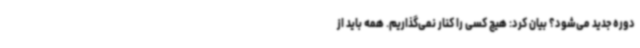
دوره جدید می‌شود؟ بیان کرد: هیچ کسی را کنار نمی‌گذاریم. همه باید از